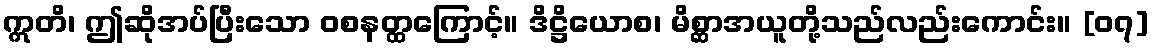
ဣတိ၊ ဤဆိုအပ်ပြီးသော ဝစနတ္ထကြောင့်။ ဒိဋ္ဌိယောစ၊ မိစ္ဆာအယူတို့သည်လည်းကောင်း။ [၀၇]